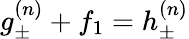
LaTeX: g_{\pm}^{(n)}+f_{1}=h_{\pm}^{(n)}